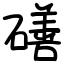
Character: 磰